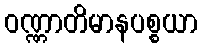
ဝဏ္ဏာတိမာနပစ္စယာ